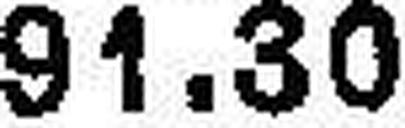
91.30